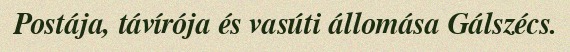
Postája, távírója és vasúti állomása Gálszécs.